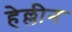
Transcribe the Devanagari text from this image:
हेल्लीन